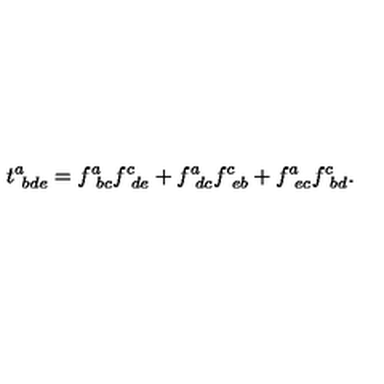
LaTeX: t _ { \ b d e } ^ { a } = f _ { \ b c } ^ { a } f _ { \ d e } ^ { c } + f _ { \ d c } ^ { a } f _ { \ e b } ^ { c } + f _ { \ e c } ^ { a } f _ { \ b d } ^ { c } .